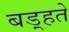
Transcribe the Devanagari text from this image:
बड़्हते